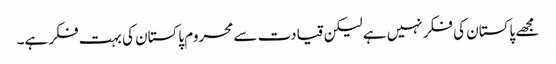
مجھے پاکستان کی فکر نہیں ہے لیکن قیادت سے محروم پاکستان کی بہت فکر ہے۔